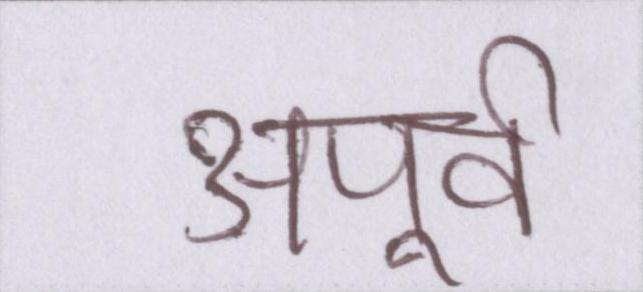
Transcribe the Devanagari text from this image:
अपूर्व